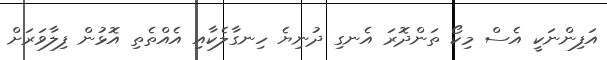
އަފިންނަކީ އެސް މިކޯ ތަންދޮރަ އެނގި ދުނިޔެ ހިނގާލެކާއި އެއްތެތި އޮޅުން ފިލާވަރަށް